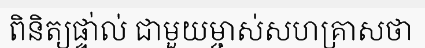
ពិនិត្យផ្ទា់ល់ ជាមួយម្ចាស់សហគ្រាសថា